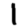
Digit: 1